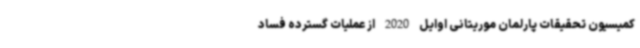
کمیسیون تحقیقات پارلمان موریتانی اوایل 2020 از عملیات گسترده فساد